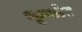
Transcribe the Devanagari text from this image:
भूत्योर